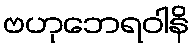
ဗဟုဘေရဝါနိ